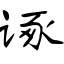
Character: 诼